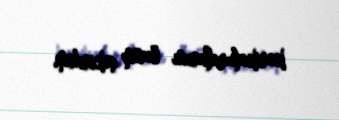
karikaturalarını özüm çəkirdim.